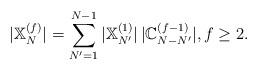
LaTeX: \begin{align*}|\mathbb{X}_N^{(f)}|=\sum_{N'=1}^{N-1}|\mathbb{X}_{N'}^{(1)}|\,|\mathbb{C}_{N-N'}^{(f-1)}|,f\ge 2.\end{align*}